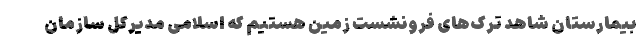
بیمارستان شاهد ترک‌های فرونشست زمین هستیم که اسلامی مدیرکل سازمان